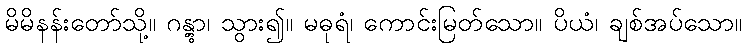
မိမိနန်းတော်သို့။ ဂန္တွာ၊ သွား၍။ မဓုရံ၊ ကောင်းမြတ်သော။ ပိယံ၊ ချစ်အပ်သော။